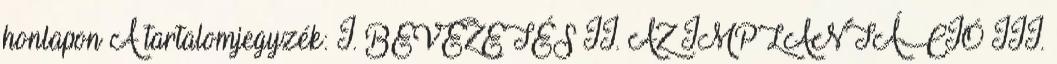
honlapon A tartalomjegyzék: I. BEVEZETÉS II. AZ IMPLANTÁCIÓ III.